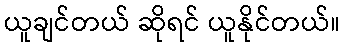
ယူချင်တယ် ဆိုရင် ယူနိုင်တယ်။